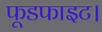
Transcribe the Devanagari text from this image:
फूडफाइट।